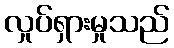
လှုပ်ရှားမှုသည်